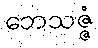
ဘေသဇ္ဇံ